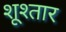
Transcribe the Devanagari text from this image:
शूश्तार